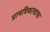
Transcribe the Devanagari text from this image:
ग्रामविकासाचा